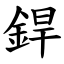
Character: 銲